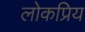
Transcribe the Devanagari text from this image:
लोकप्रिय